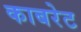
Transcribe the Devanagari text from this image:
काबरेट